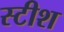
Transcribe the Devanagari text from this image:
स्टीश